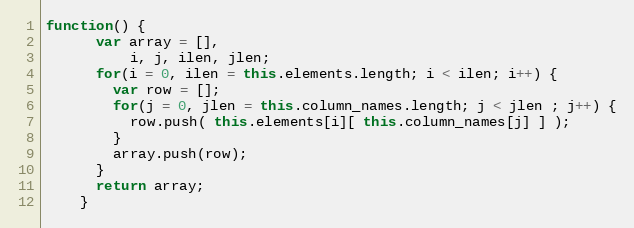
Language: JavaScript
function() {
      var array = [],
          i, j, ilen, jlen;
      for(i = 0, ilen = this.elements.length; i < ilen; i++) {
        var row = [];
        for(j = 0, jlen = this.column_names.length; j < jlen ; j++) {
          row.push( this.elements[i][ this.column_names[j] ] );
        }
        array.push(row);
      }
      return array;
    }